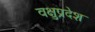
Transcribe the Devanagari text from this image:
वक्षुप्रदेश